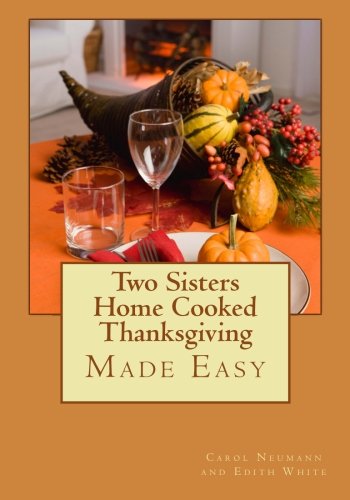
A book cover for Two Sisters Home Cooked Thanksgiving: Made Easy; Carol Neumann; Cookbooks, Food & Wine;